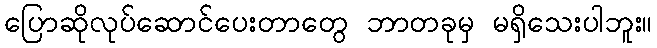
ပြောဆိုလုပ်ဆောင်ပေးတာတွေ ဘာတခုမှ မရှိသေးပါဘူး။